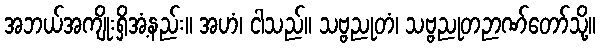
အဘယ်အကျိုးရှိအံ့နည်း။ အဟံ၊ ငါသည်။ သဗ္ဗညုတံ၊ သဗ္ဗညုတဉာဏ်တော်သို့။